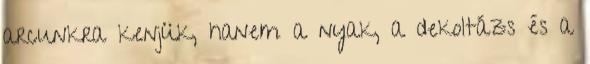
arcunkra kenjük, hanem a nyak, a dekoltázs és a